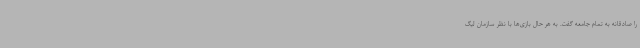
را صادقانه به تمام جامعه گفت. به هر حال بازی‌ها با نظر سازمان لیگ